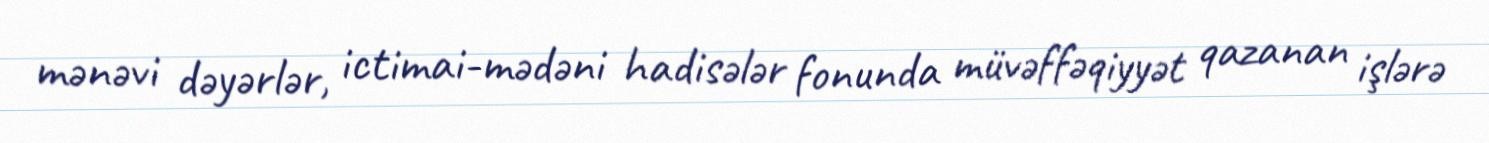
mənəvi dəyərlər, ictimai-mədəni hadisələr fonunda müvəffəqiyyət qazanan işlərə